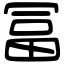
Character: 冨